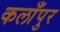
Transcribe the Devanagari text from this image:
कलाँपुर